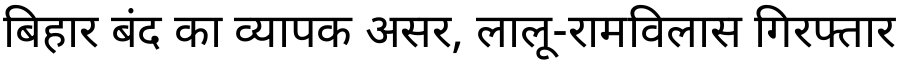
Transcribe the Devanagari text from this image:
बिहार बंद का व्यापक असर, लालू-रामविलास गिरफ्तार